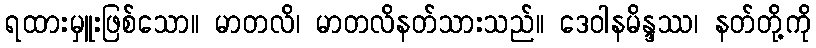
ရထားမှူးဖြစ်သော။ မာတလိ၊ မာတလိနတ်သားသည်။ ဒေဝါနမိန္ဒဿ၊ နတ်တို့ကို